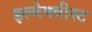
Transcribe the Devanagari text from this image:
इल्मेक्वीस्ट